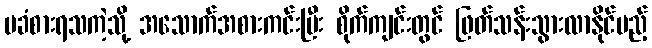
မခံစားရသကဲ့သို့ အသောက်အစားကင်းပြီး စိုက်ကျင်းတွင် ဖြတ်သန်းသွားလာနိုင်မည့်